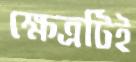
ক্ষেত্রটিই